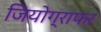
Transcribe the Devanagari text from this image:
जियोग्राफर